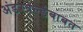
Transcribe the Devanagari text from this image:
अंडरवर्ल्डबाबत